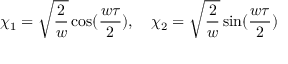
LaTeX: \chi _ { 1 } = \sqrt { \frac { 2 } { w } } \cos ( \frac { w \tau } { 2 } ) , { } ~ ~ ~ \chi _ { 2 } = \sqrt { \frac { 2 } { w } } \sin ( \frac { w \tau } { 2 } )